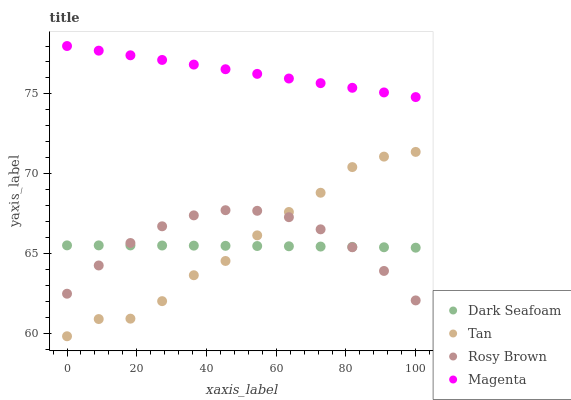
| xaxis_label | Dark Seafoam | Tan | Rosy Brown | Magenta |
 | --- | --- | --- | --- | --- |
 | 0 | 65.5 | 59.8 | 62.5 | 78 |
 | 9.09 | 65.5 | 60.9 | 64.3 | 77.7 |
 | 18.2 | 65.5 | 60.9 | 65.7 | 77.4 |
 | 27.3 | 65.5 | 62 | 66.7 | 77.1 |
 | 36.4 | 65.5 | 63.7 | 67.4 | 76.8 |
 | 45.5 | 65.5 | 64.5 | 67.7 | 76.5 |
 | 54.5 | 65.5 | 66.1 | 67.7 | 76.3 |
 | 63.6 | 65.5 | 67.6 | 67.3 | 76 |
 | 72.7 | 65.4 | 68.8 | 66.5 | 75.7 |
 | 81.8 | 65.4 | 70.4 | 65.4 | 75.4 |
 | 90.9 | 65.4 | 71.1 | 63.9 | 75.1 |
 | 100 | 65.4 | 71.4 | 62.1 | 74.8 |